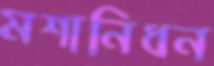
মশানিধন